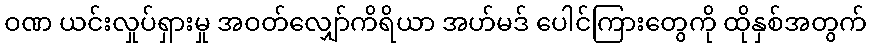
ဝဏ ယင်းလှုပ်ရှားမှု အဝတ်လျှော်ကိရိယာ အဟ်မဒ် ပေါင်ကြားတွေကို ထိုနှစ်အတွက်